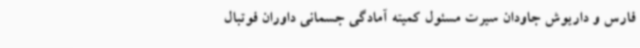
فارس و داریوش جاودان سیرت مسئول کمیته آمادگی جسمانی داوران فوتبال